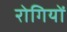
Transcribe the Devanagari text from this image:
रोगियों